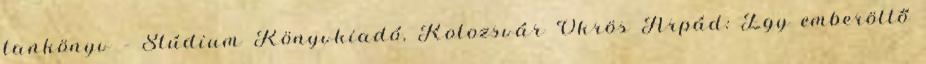
tankönyv – Stúdium Könyvkiadó, Kolozsvár Ökrös Árpád: Egy emberöltő